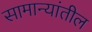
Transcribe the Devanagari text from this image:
सामान्यांतील